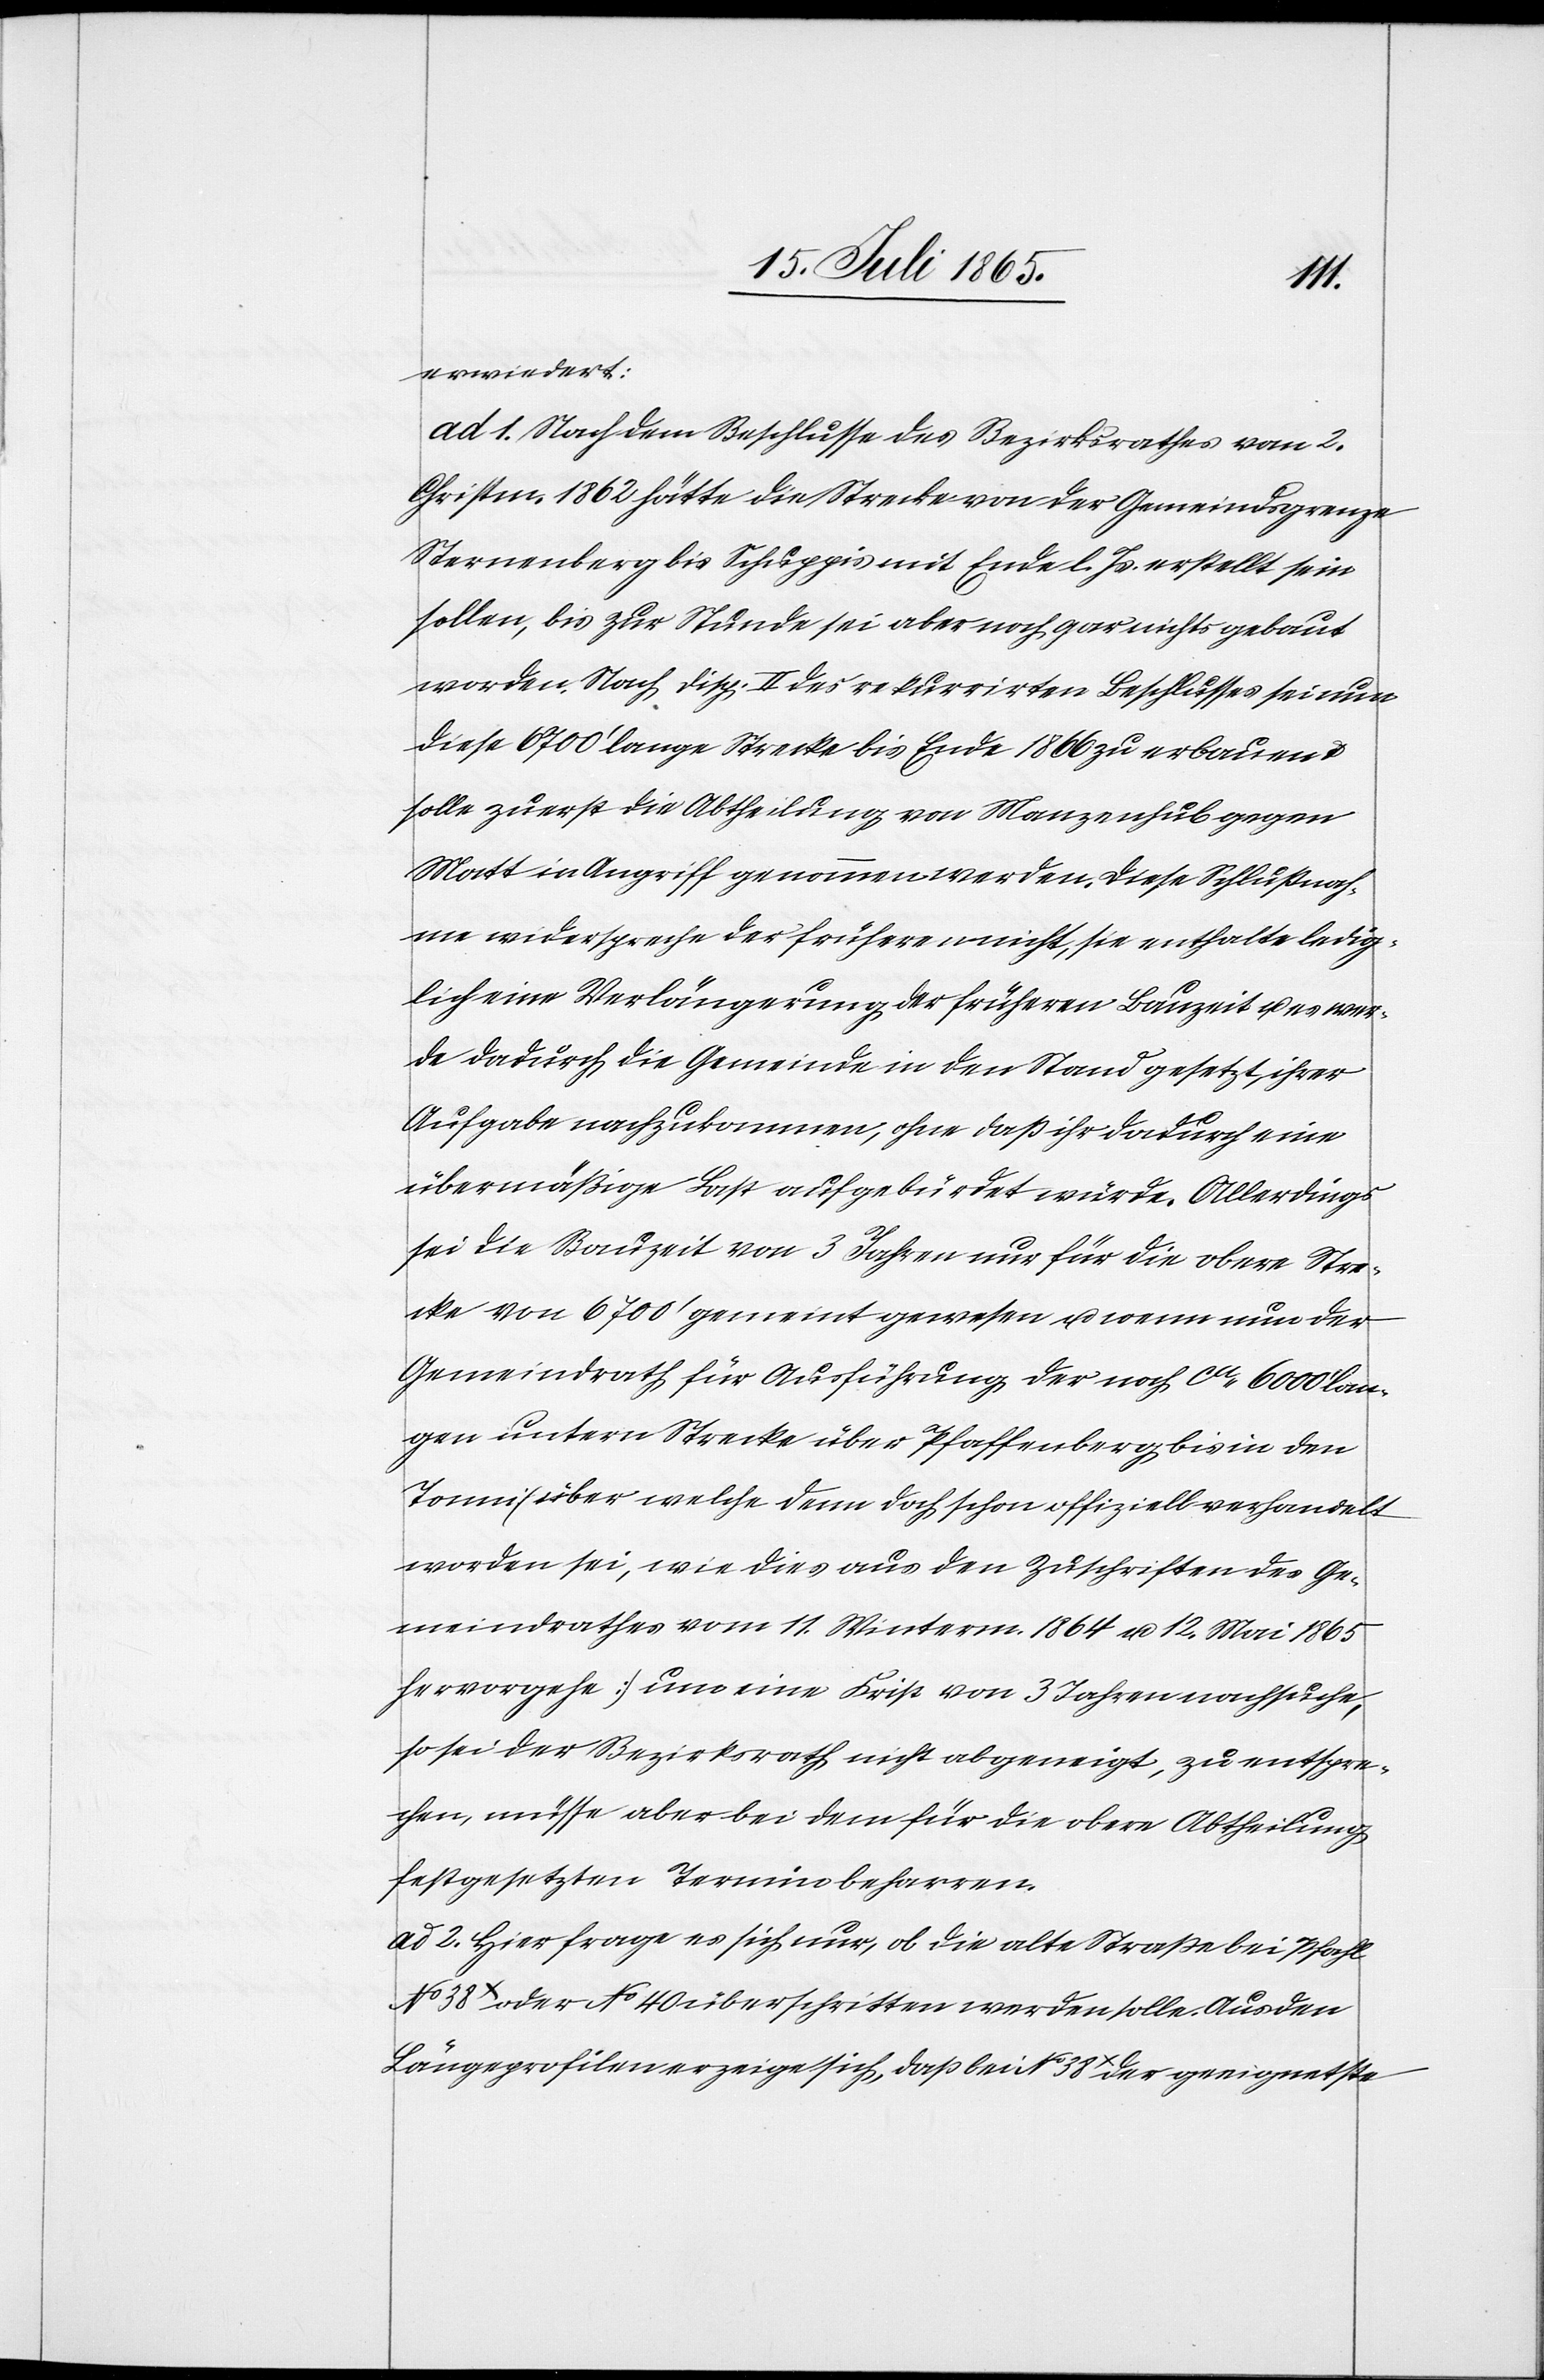
erwiedert:
ad 1. Nach dem Beschlusse des Bezirksrathes vom 2.
Christm. 1862 hätte die Strecke von der Gemeindsgrenze
Sternenberg bis Schuppis mit Ende l. Js. erstellt sein
sollen, bis zur Stunde sei aber noch gar nichts gebaut
worden. Nach Disp. II des rekurrirten Beschlusses sei nun
diese 6700’ lange Strecke bis Ende 1866 zu erbauen u.
solle zuerst die Abtheilung von Manzenhub gegen
Matt in Angriff genommen werden. Diese Schlußnah¬
me widerspreche der früheren nicht, sie enthalte ledig¬
lich eine Verlängerung der früheren Bauzeit u. es wer¬
de dadurch die Gemeinde in den Stand gesetzt, ihrer
Aufgabe nachzukommen, ohne daß ihr dadurch eine
übermäßige Last aufgebürdet würde. Allerdings
sei die Bauzeit von 3 Jahren nur für die obere Stre¬
cke von 6700’ gemeint gewesen u. wenn nun der
Gemeindrath für Ausführung der noch ca 6000’ lan¬
gen untern Strecke über Pfaffenberg bis in den
Tonni [über welche denn doch schon offiziell verhandelt
worden sei, wie dies aus den Zuschriften des Ge¬
meindrathes vom 11. Winterm. 1864 u. 12. Mai 1865
hervorgehe] um eine Frist von 3 Jahren nachsuche,
so sei der Bezirksrath nicht abgeneigt, zu entspre¬
chen, müsse aber bei dem für die obere Abtheilung
festgesetzten Termin beharren.
ad 2. Hier frage es sich nur, ob die alte Straße bei Pfahl
No 38X oder No 40 überschritten werden solle. Aus den
Längeprofilen erzeige sich, daß bei No 38X der geeignetste